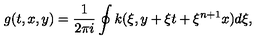
g ( t , x , y ) = \frac { 1 } { 2 \pi i } \oint k ( \xi , y + \xi t + \xi ^ { n + 1 } x ) d \xi ,